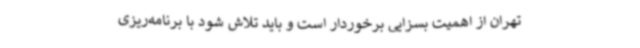
تهران از اهمیت بسزایی برخوردار است و باید تلاش شود با برنامه‌ریزی